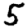
Digit: 5